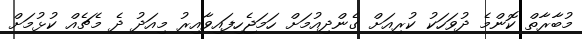
މުބާރާތް ކޮންމެ ދުވަހަކު ކުރިއަށް ގެންދިއުމަށް ހަމަޖެހިފައިވާއިރު މިއަދު ދެ މެޗެއް ކުޅުމަށް